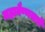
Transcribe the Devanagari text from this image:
महावैष्णवाचे